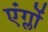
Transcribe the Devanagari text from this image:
एंग्लों